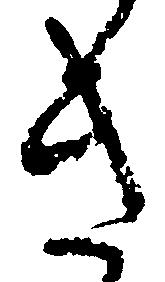
き